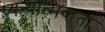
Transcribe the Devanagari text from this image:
ध्यन्यात्मकता